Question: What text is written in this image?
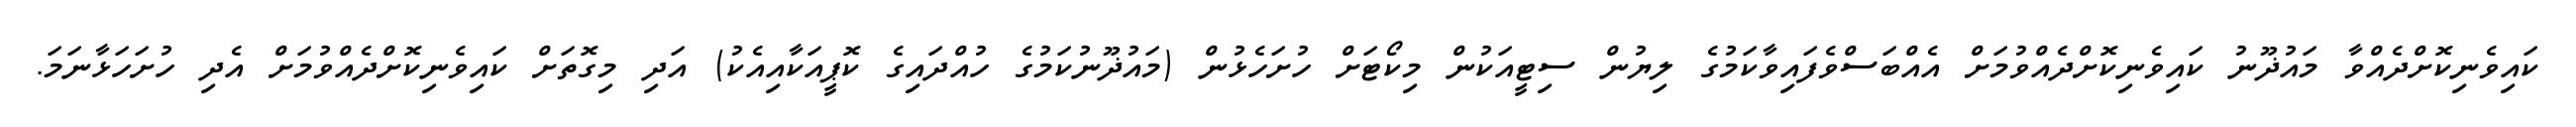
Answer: ކައިވެނިކޮށްދެއްވާ މައުޛޫނު ކައިވެނިކޮށްދެއްވުމަށް އެއްބަސްވެފައިވާކަމުގެ ލިޔުން ސިޓީއަކުން މިކޯޓަށް ހުށަހެޅުން (މައުޛޫނުކަމުގެ ހުއްދައިގެ ކޮޕީއަކާއިއެކު) އަދި މިގޮތަށް ކައިވެނިކޮށްދެއްވުމަށް އެދި ހުށަހަޅާނަމަ.